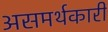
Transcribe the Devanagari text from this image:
असमर्थकारी